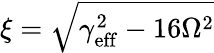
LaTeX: \xi=\sqrt{\gamma_{\mathrm{eff}}^{2}-16\Omega^{2}}